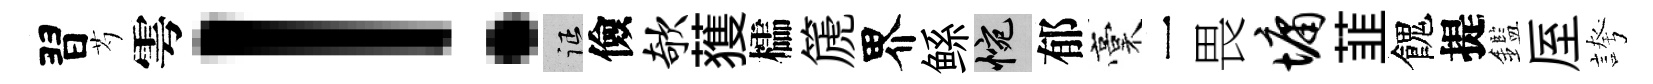
習芍雩！征儉欹𫉬櫺篪界鲧惋郁稾一畏墉韮餽提鑑厔誇